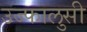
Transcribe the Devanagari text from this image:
उज्फालुसी